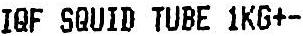
IQF SQUID TUBE 1KG+-